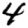
Digit: 4